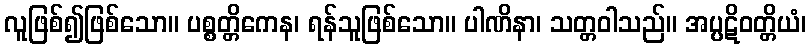
လူဖြစ်၍ဖြစ်သော။ ပစ္စတ္တိကေန၊ ရန်သူဖြစ်သော။ ပါဏိနာ၊ သတ္တဝါသည်။ အပ္ပဋိဝတ္တိယံ၊